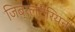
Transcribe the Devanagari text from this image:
जिब्रल्टेरियन